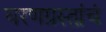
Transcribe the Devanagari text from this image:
घरणग्रस्तांचं